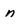
Character: n